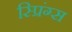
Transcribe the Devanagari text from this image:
स्प्रिंग्‍स